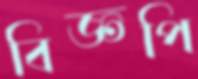
বিজ্ঞপি